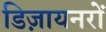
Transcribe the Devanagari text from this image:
डिज़ायनरों